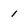
Character: 1